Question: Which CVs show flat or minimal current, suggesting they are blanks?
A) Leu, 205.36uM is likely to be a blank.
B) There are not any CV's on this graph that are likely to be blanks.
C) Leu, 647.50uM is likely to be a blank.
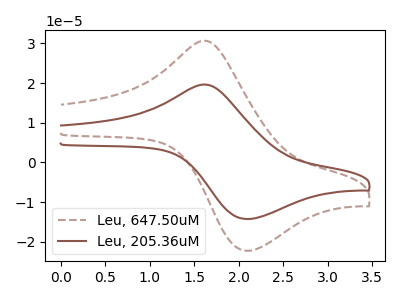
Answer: <think>The brown dashed curve "Leu, 647.50uM" has an anodic peak at (1.65V, 30.50uA) and a cathodic peak at (2.10V, -22.25uA). The brown curve "Leu, 205.36uM" has an anodic peak at (1.65V, 19.55uA) and a cathodic peak at (2.10V, -14.25uA).</think>
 <answer>B) There are not any CV's on this graph that are likely to be blanks.</answer>
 <eval>B</eval>